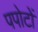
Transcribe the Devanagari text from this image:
पपोटों